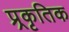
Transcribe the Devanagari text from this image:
प्र्रकृतिक